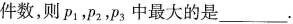
则p。，pza，p5中最大的是______。